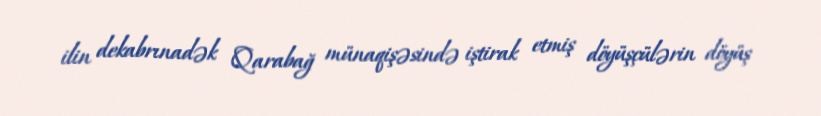
ilin dekabrınadək Qarabağ münaqişəsində iştirak etmiş döyüşçülərin döyüş